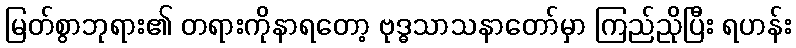
မြတ်စွာဘုရား၏ တရားကိုနာရတော့ ဗုဒ္ဓသာသနာတော်မှာ ကြည်ညိုပြီး ရဟန်း